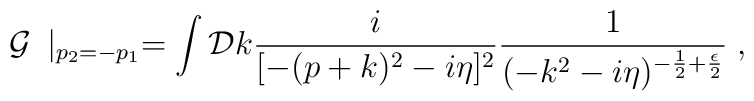
{\cal G}\frac{}{}\mid_{p_2=-p_1} =\int {\cal D} k \frac{i}{[-(p+k)^2 -i\eta]^2}\frac{1}{(-k^2-i\eta)^{-\frac{1}{2} +\frac{\epsilon}{2}}}\;,